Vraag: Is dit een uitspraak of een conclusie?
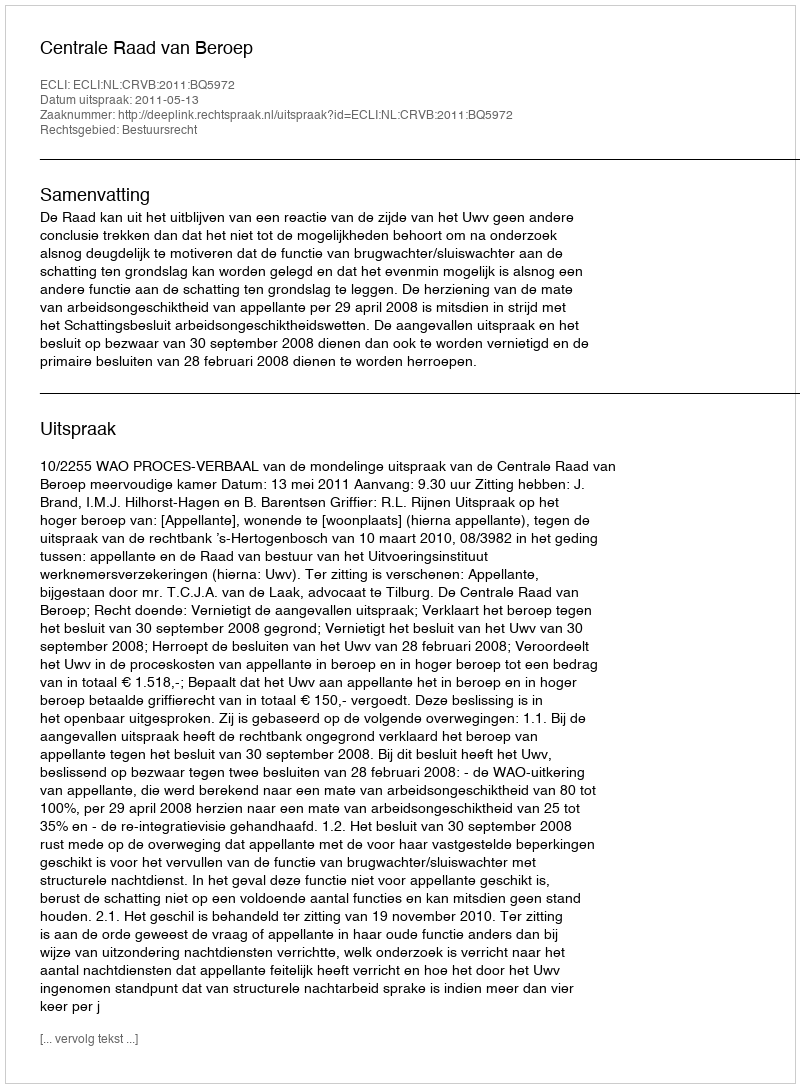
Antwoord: Uitspraak